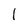
Character: l